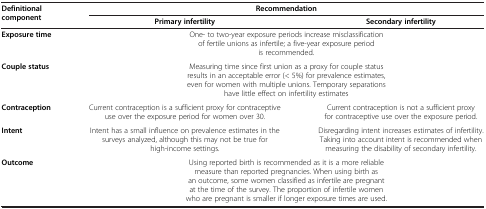
<table><thead><tr><td rowspan="2"><b>Definitional component</b></td><td colspan="2"><b>Recommendation</b></td></tr><tr><td><b>Primary infertility</b></td><td><b>Secondary infertility</b></td></tr></thead><tbody><tr><td><b>Exposure time</b></td><td colspan="2">One- to two-year exposure periods increase misclassification of fertile unions as infertile; a five-year exposure period is recommended.</td></tr><tr><td><b>Couple status</b></td><td colspan="2">Measuring time since first union as a proxy for couple status results in an acceptable error (&lt; 5%) for prevalence estimates, even for women with multiple unions. Temporary separations have little effect on infertility estimates</td></tr><tr><td><b>Contraception</b></td><td>Current contraception is a sufficient proxy for contraceptive use over the exposure period for women over 30.</td><td>Current contraception is not a sufficient proxy for contraceptive use over the exposure period.</td></tr><tr><td><b>Intent</b></td><td>Intent has a small influence on prevalence estimates in the surveys analyzed, although this may not be true for high-income settings.</td><td>Disregarding intent increases estimates of infertility. Taking into account intent is recommended when measuring the disability of secondary infertility.</td></tr><tr><td><b>Outcome</b></td><td colspan="2">Using reported birth is recommended as it is a more reliable measure than reported pregnancies. When using birth as an outcome, some women classified as infertile are pregnant at the time of the survey. The proportion of infertile women who are pregnant is smaller if longer exposure times are used.</td></tr></tbody></table>